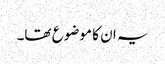
یہ ان کا موضوع تھا۔